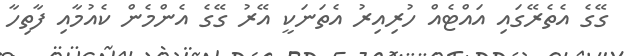
ގޭގެ އެތެރޭގައި އައްޓެއް ހުރިއިރު އެތަނަކީ އޭރު ގޭގެެ އެންމެން ކެއުމާއި ފާތިހާ